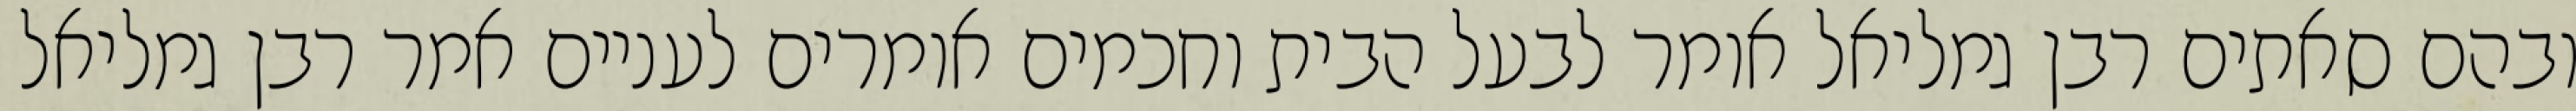
ובהם סאתים רבן גמליאל אומר לבעל הבית וחכמים אומרים לעניים אמר רבן גמליאל